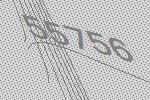
55756